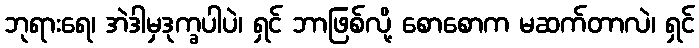
ဘုရားရေ၊ အဲဒါမှဒုက္ခပါပဲ၊ ရှင် ဘာဖြစ်လို့ စောစောက မဆက်တာလဲ၊ ရှင်